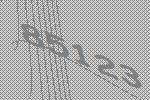
85123